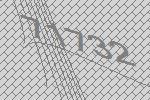
71732